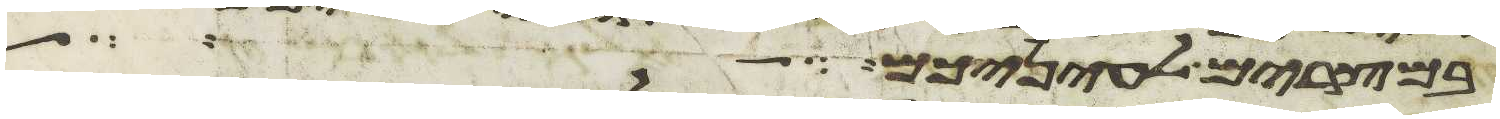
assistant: במצרים לעיניכם